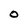
Character: O